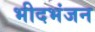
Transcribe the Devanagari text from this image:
भीदभंजन